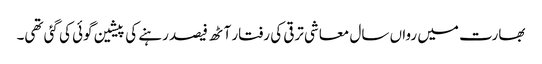
بھارت میں رواں سال معاشی ترقی کی رفتار آٹھ فیصد رہنے کی پیشین گوئی کی گئی تھی۔